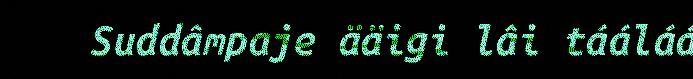
Suddâmpaje ääigi lâi tááláá